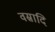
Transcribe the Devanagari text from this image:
वस्रादि